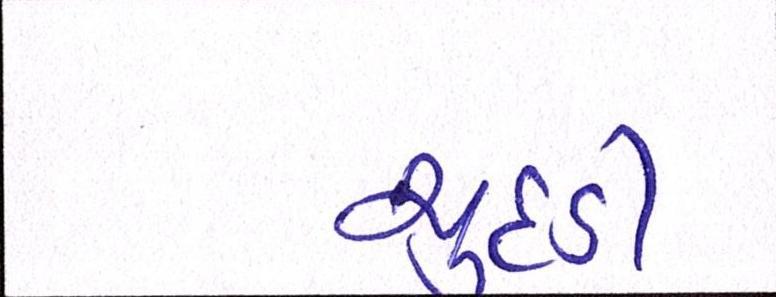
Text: ચુદડી